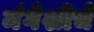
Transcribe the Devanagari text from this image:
मंगेशीचे